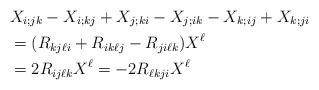
LaTeX: \begin{align*}&X_{i;jk} - X_{i;kj} + X_{j;ki} - X_{j;ik} - X_{k;ij} + X_{k;ji} \\&=( R_{kj\ell i} + R_{ik\ell j} - R_{ji\ell k} )X^\ell\\& = 2R_{ij\ell k} X^\ell =-2 R_{\ell kj i} X^\ell\end{align*}